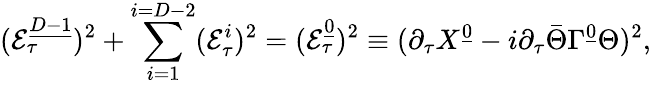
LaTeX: ({\cal E}_{\tau}^{\underline{{{D-1}}}})^{2}+\sum_{i=1}^{i=D-2}({\cal E}_{\tau}^{i})^{2}=({\cal E}_{\tau}^{\underline{{0}}})^{2}\equiv(\partial_{\tau}X^{\underline{{0}}}-i\partial_{\tau}\bar{\Theta}\Gamma^{\underline{{0}}}\Theta)^{2},